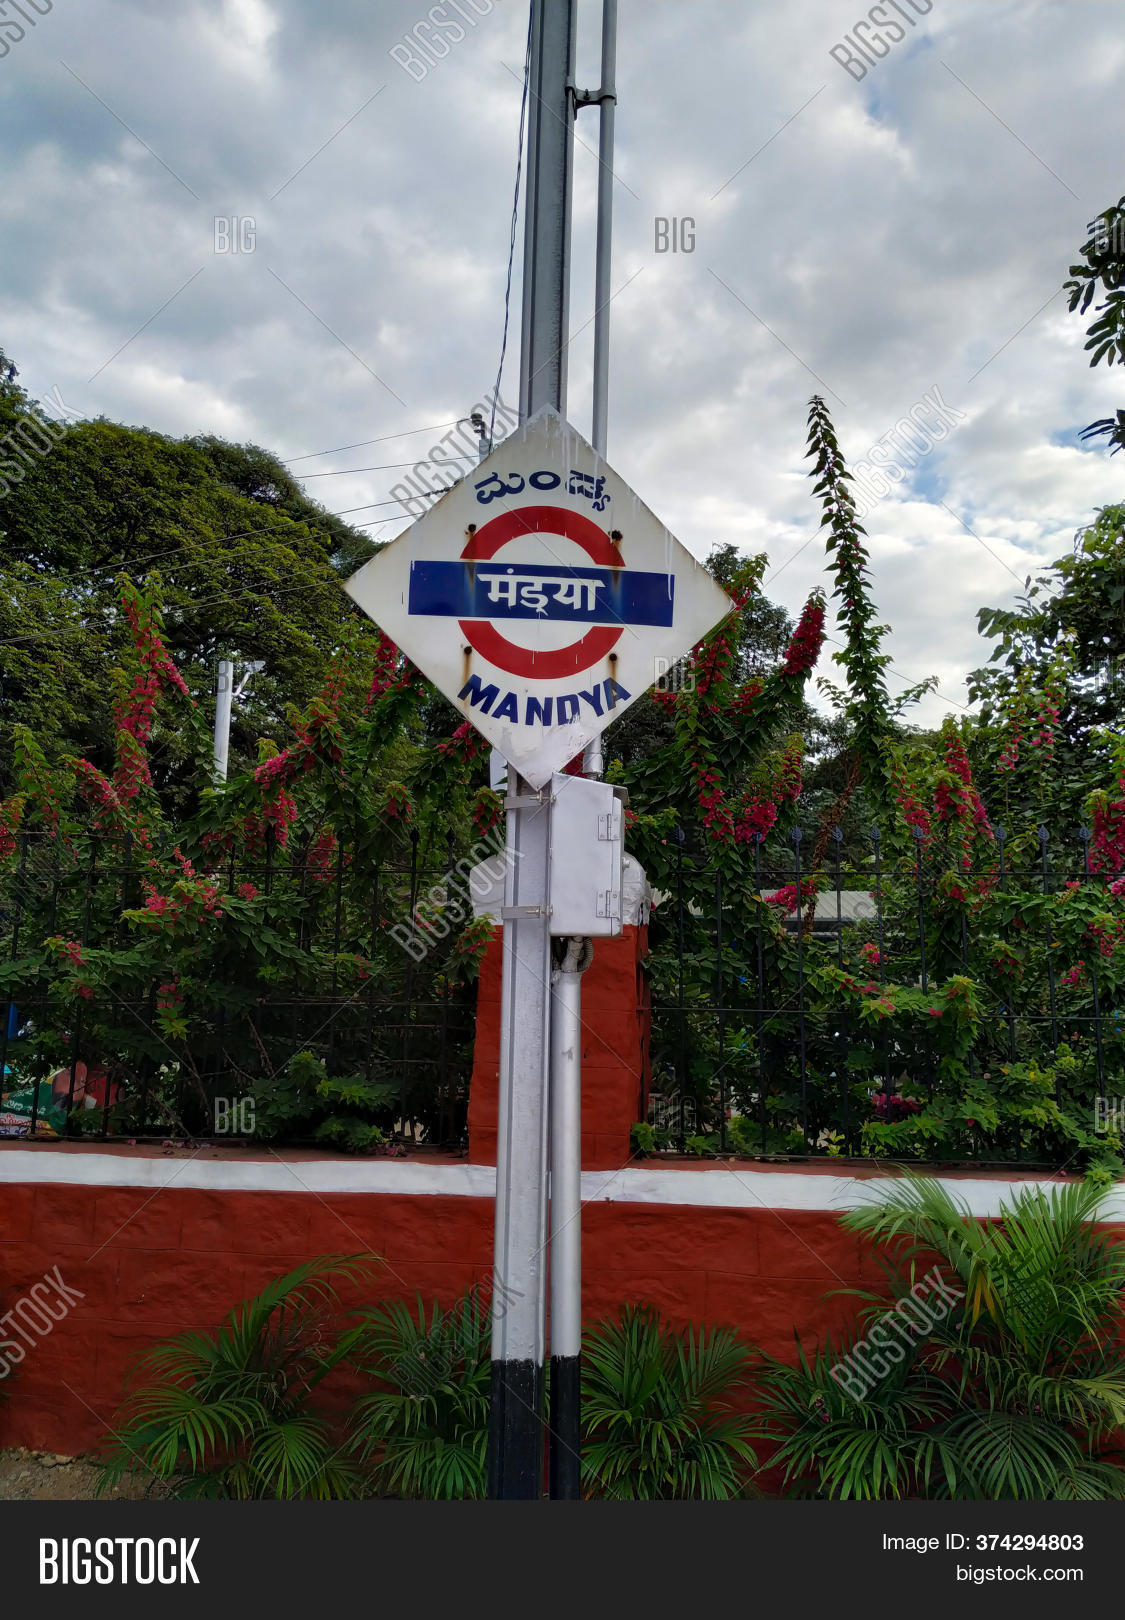
Language: kannada
Transcription: ಮಂಡ್ಯ